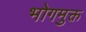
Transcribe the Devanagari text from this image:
भोगमुक्त